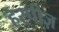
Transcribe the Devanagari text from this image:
हरपीज़